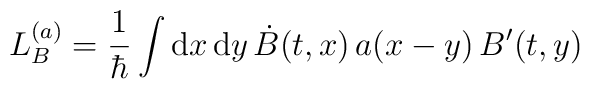
L_B^{(a)} = \frac1{\hbar} \int {\rm d}x\,{\rm d}y\,\dot B(t,x)\, a(x-y)\, B'(t,y)